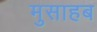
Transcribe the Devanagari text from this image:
मुसाहब